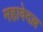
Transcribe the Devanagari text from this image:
महावेदल्ल